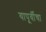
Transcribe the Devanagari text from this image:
यापूर्वीचा